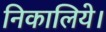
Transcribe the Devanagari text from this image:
निकालिये।